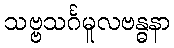
သဗ္ဗသင်္ဂမူလဗန္ဓနာ